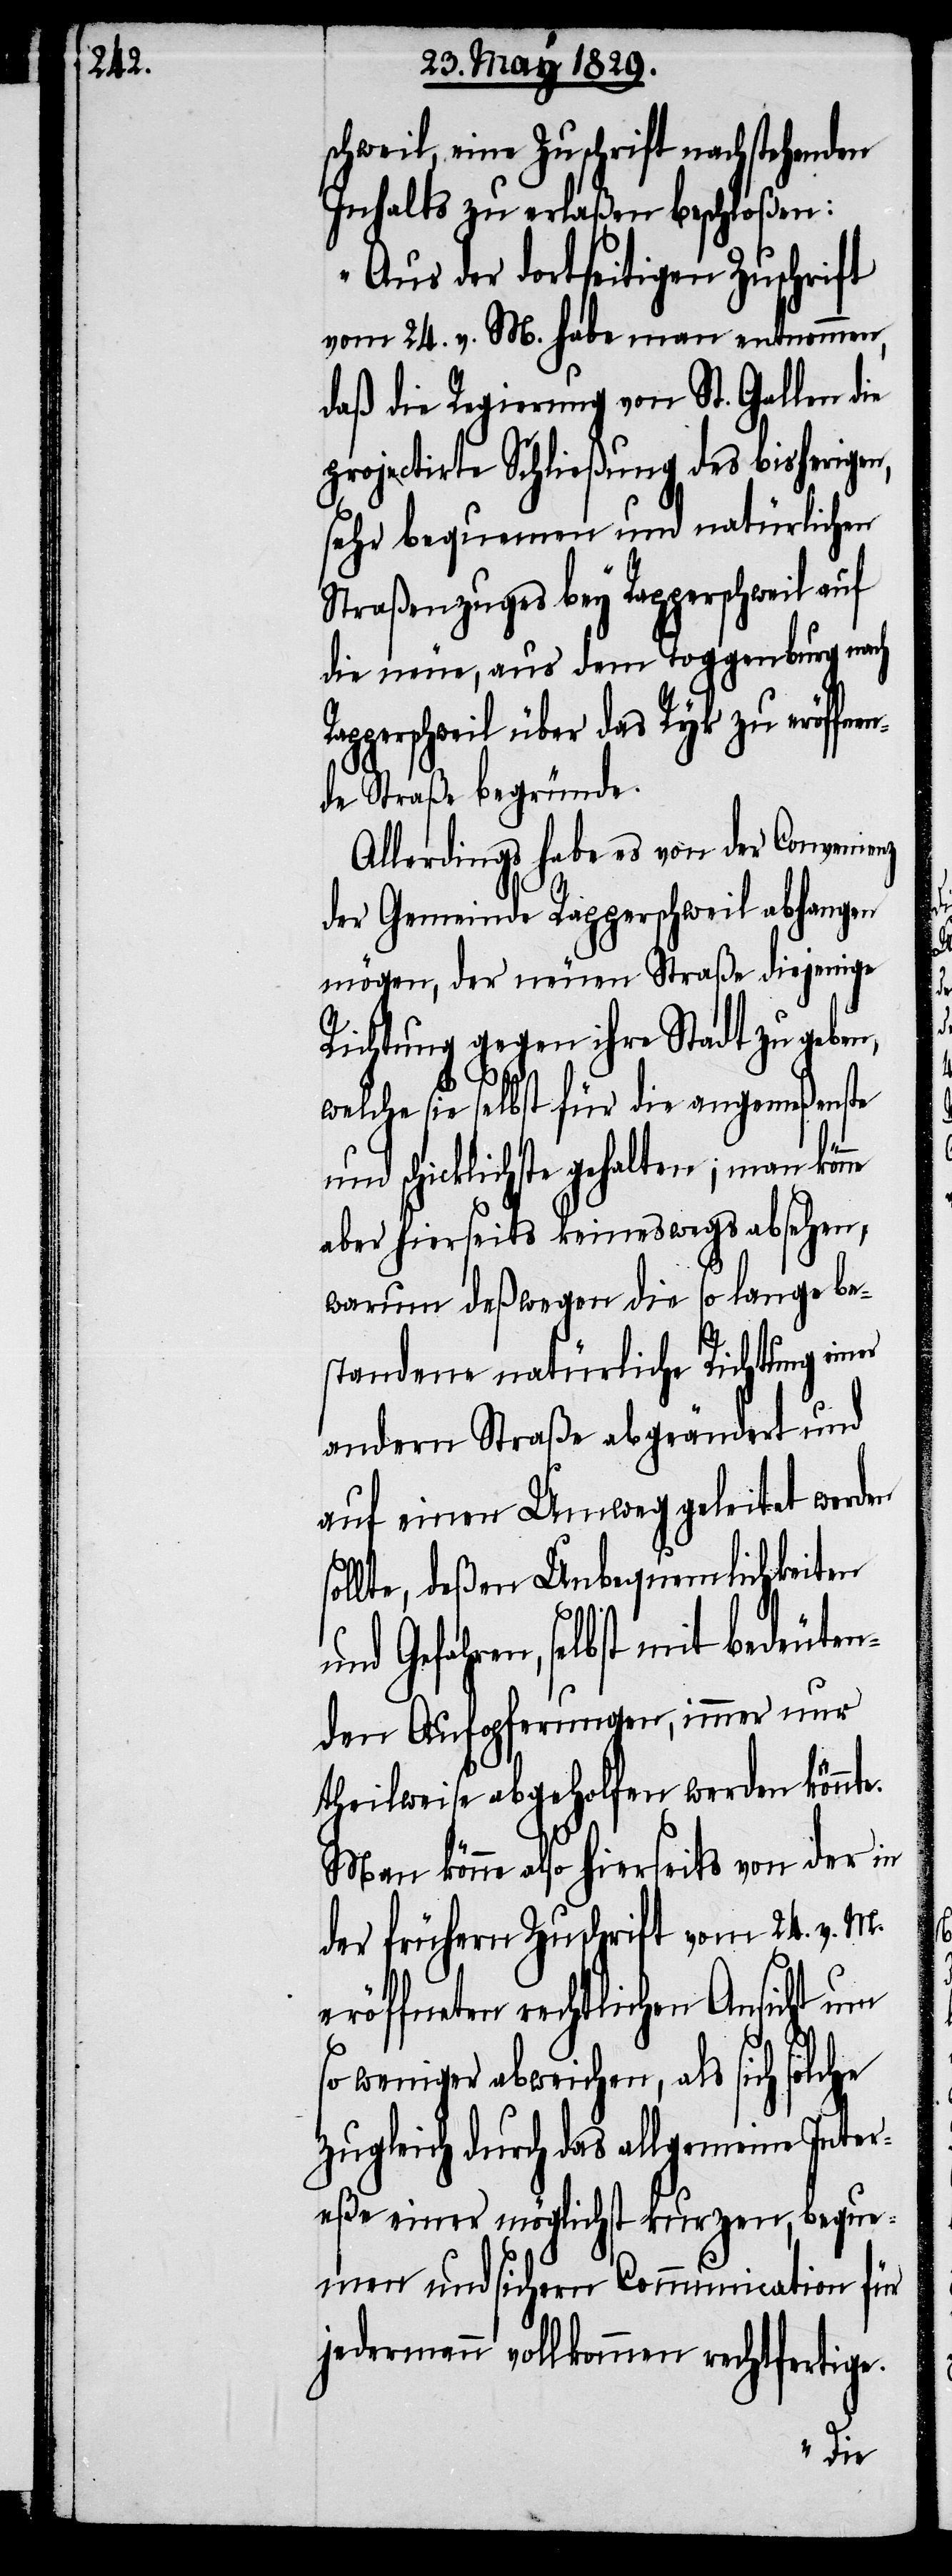
schweil, eine Zuschrift nachstehenden
Inhalts zu erlaßen beschloßen:
„Aus der dortseitigen Zuschrift
vom 24. v. M. habe man entnommen,
daß die Regierung von St. Gallen die
projectirte Schließung des bisherigen,
sehr bequemen und natürlichen
Straßenzuges bey Rapperschweil auf
die neue, aus dem Toggenburg nach
Rapperschweil über die Ryk zu eröffne¬
nde Straße begründe.
Allerdings habe es von der Convenienz
der Gemeinde Rapperschweil abhangen
mögen, der neuen Straße diejenige
Richtung gegen ihre Stadt zu geben,
elche sie selbst für die angemeßenste
und schicklichste gehalten; man kön¬
aber hierseits keineswegs absehen,
warum deßwegen die so lange be¬
standene natürliche Richtung einer
andern Straße abgeändert und
auf einen Umweg geleitet werden
sollte, deßen Unbequemlichkeiten
und Gefahren, selbst mit bedeute¬
nden Aufopferungen, immer nur
theilweise abgeholfen werden könnt¬
könne also hierseits von der in
der frühern Zuschrift vom 24. v. M.
eröffneten rechtlichen Ansicht um
e.
so weniger abweichen, als sich solche
zugleich durch das allgemeine Inter¬
eße einer möglichst kurzen, beque¬
men und sichern Communication für
jedermann vollkommen rechtfertige.